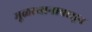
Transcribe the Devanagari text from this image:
मूळस्थानापासून